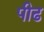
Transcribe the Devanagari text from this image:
पीढ